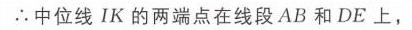
\(\therefore\)中位线\(IK\)的两端点在线段\(AB\)和\(DE\)上，